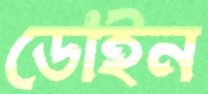
ডোইন